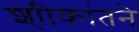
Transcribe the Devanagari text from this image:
श्ाीकांतने